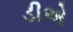
ડીએ